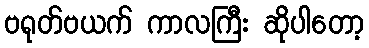
ဗရုတ်ဗယက် ကာလကြီး ဆိုပါတော့